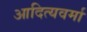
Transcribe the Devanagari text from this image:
आदित्यवर्मा